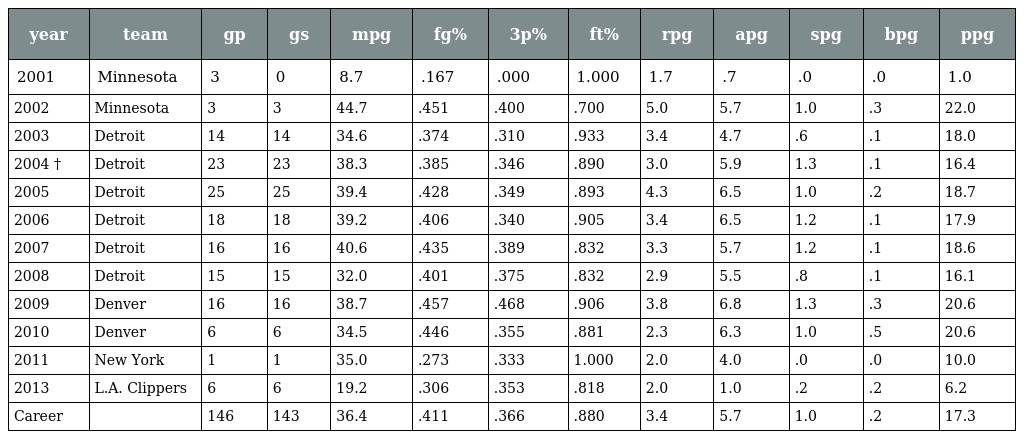
| year | team | gp | gs | mpg | fg% | 3p% | ft% | rpg | apg | spg | bpg | ppg |
 | --- | --- | --- | --- | --- | --- | --- | --- | --- | --- | --- | --- | --- |
 | 2001 | Minnesota | 3 | 0 | 8.7 | .167 | .000 | 1.000 | 1.7 | .7 | .0 | .0 | 1.0 |
 | 2002 | Minnesota | 3 | 3 | 44.7 | .451 | .400 | .700 | 5.0 | 5.7 | 1.0 | .3 | 22.0 |
 | 2003 | Detroit | 14 | 14 | 34.6 | .374 | .310 | .933 | 3.4 | 4.7 | .6 | .1 | 18.0 |
 | 2004 † | Detroit | 23 | 23 | 38.3 | .385 | .346 | .890 | 3.0 | 5.9 | 1.3 | .1 | 16.4 |
 | 2005 | Detroit | 25 | 25 | 39.4 | .428 | .349 | .893 | 4.3 | 6.5 | 1.0 | .2 | 18.7 |
 | 2006 | Detroit | 18 | 18 | 39.2 | .406 | .340 | .905 | 3.4 | 6.5 | 1.2 | .1 | 17.9 |
 | 2007 | Detroit | 16 | 16 | 40.6 | .435 | .389 | .832 | 3.3 | 5.7 | 1.2 | .1 | 18.6 |
 | 2008 | Detroit | 15 | 15 | 32.0 | .401 | .375 | .832 | 2.9 | 5.5 | .8 | .1 | 16.1 |
 | 2009 | Denver | 16 | 16 | 38.7 | .457 | .468 | .906 | 3.8 | 6.8 | 1.3 | .3 | 20.6 |
 | 2010 | Denver | 6 | 6 | 34.5 | .446 | .355 | .881 | 2.3 | 6.3 | 1.0 | .5 | 20.6 |
 | 2011 | New York | 1 | 1 | 35.0 | .273 | .333 | 1.000 | 2.0 | 4.0 | .0 | .0 | 10.0 |
 | 2013 | L.A. Clippers | 6 | 6 | 19.2 | .306 | .353 | .818 | 2.0 | 1.0 | .2 | .2 | 6.2 |
 | Career |  | 146 | 143 | 36.4 | .411 | .366 | .880 | 3.4 | 5.7 | 1.0 | .2 | 17.3 |